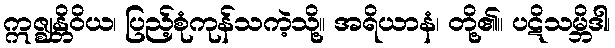
ဣဇ္ဈန္တိဝိယ၊ ပြည့်စုံကုန်သကဲ့သို့။ အရိယာနံ၊ တို့၏။ ပဋိသမ္ဘိဒါ၊